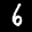
Label: 6